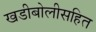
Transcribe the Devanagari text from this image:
खडीबोलीसहित